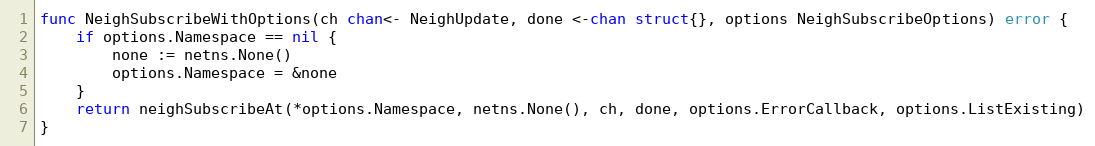
Language: Go
func NeighSubscribeWithOptions(ch chan<- NeighUpdate, done <-chan struct{}, options NeighSubscribeOptions) error {
	if options.Namespace == nil {
		none := netns.None()
		options.Namespace = &none
	}
	return neighSubscribeAt(*options.Namespace, netns.None(), ch, done, options.ErrorCallback, options.ListExisting)
}